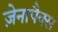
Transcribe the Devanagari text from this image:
ज़ेनापैक्स